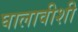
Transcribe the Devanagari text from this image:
घालावीशी